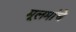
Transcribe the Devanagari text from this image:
मूलमांचे